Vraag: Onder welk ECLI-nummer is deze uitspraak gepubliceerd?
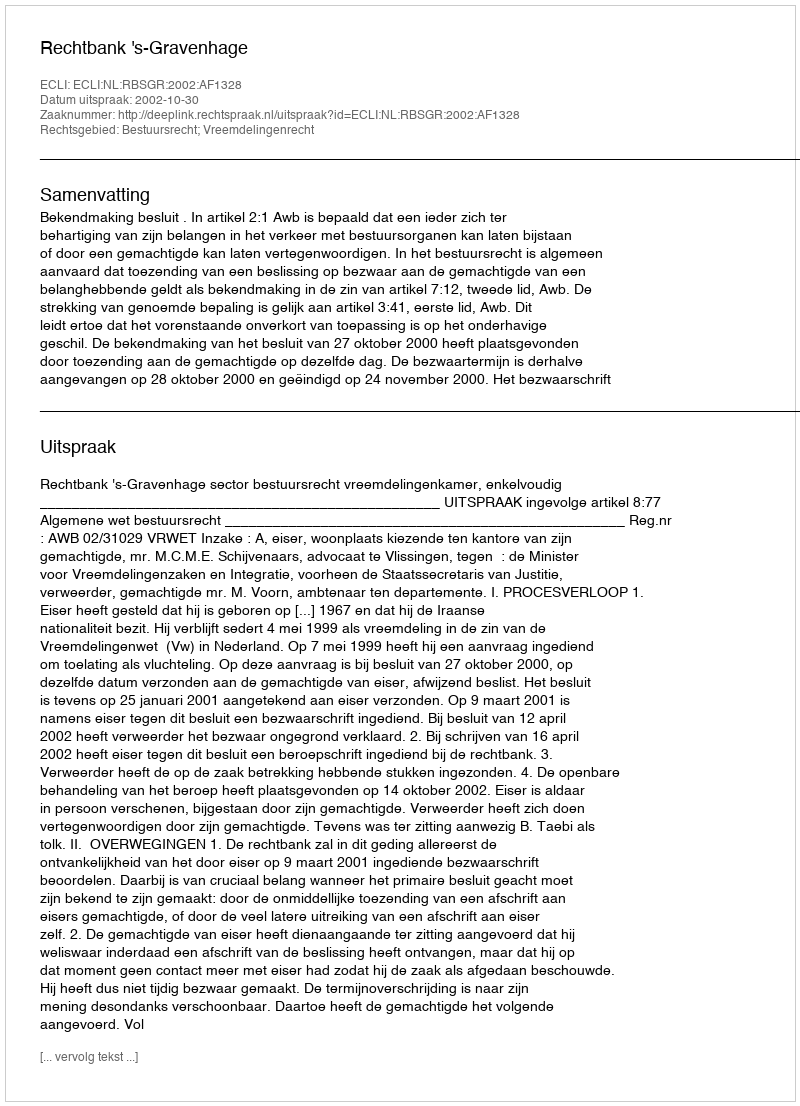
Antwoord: ECLI:NL:RBSGR:2002:AF1328